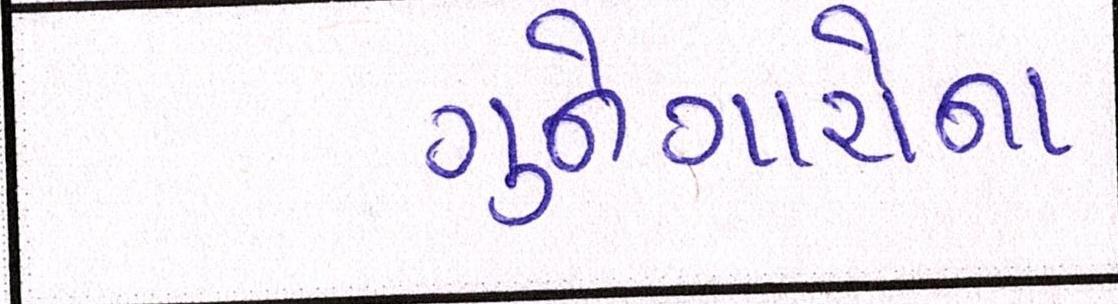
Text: ગુનેગારોના